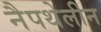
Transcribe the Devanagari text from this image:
नैपथेलीन